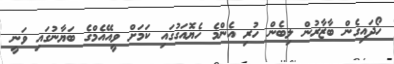
ހޯދައިގެން ބާޒާރުން ލިބެން ހުރި އެންމެ ހެޔޮއަގުގައި ކަމަށް ވީއޭއެމްގެ ބަޔާނުގައި ވަނީ